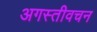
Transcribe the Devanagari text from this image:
अगस्तीवचन